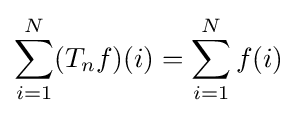
\sum _{i=1}^{N}(T_{n}f)(i)=\sum _{i=1}^{N}f(i)